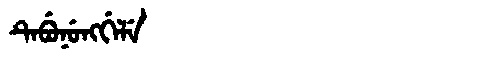
Manchu: ᡨᡝᠪᡠᠨᡠᠩᡤᡝᠯᡝ
Romanization: TEBUNUNGGELE